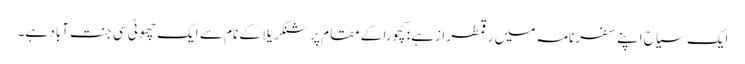
ایک سیاح اپنے سفرنامہ میں رقمطرازہے : کچورا کے مقام پر شنگریلا کے نام سے ایک چھوٹی سی جنت آباد ہے۔